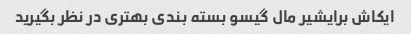
ایکاش برایشیر مال گیسو بسته بندی بهتری در نظر بگیرید